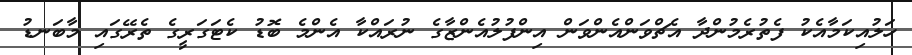
ހަލުއިކަމާއެކު ފެތުރެމުންދާ އެޗްވަންއެންވަން އިންފުލުއެންޒާގެ ނުރައްކާ އެންމެ ބޮޑު ކެޓަގަރީގެ ތެރޭގައި މާބަނޑު